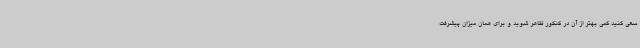
سعی کنید کمی بهتر از آن در کنکور ظاهر شوید و برای همان میزان پیشرفت